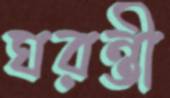
ঘরন্তী